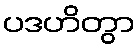
ပဒဟိတွာ